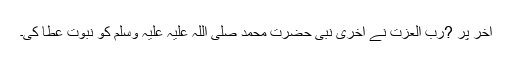
آخر پر ?رب العزت نے آخری نبی حضرت محمد صلی اللہ علیہ علیہ وسلم کو نبوت عطا کی۔